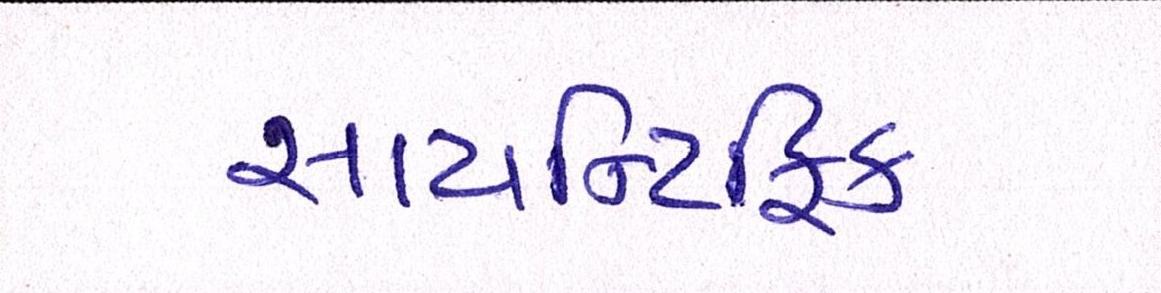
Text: સાયન્ટિફિક